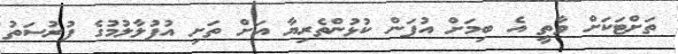
ތަށްޓަކަށް ވާތީ އެ ބިމަށް އުފަން ކުޅުންތެރިޔާ އަށް ތަށި އުފުލާލުމުގެ ފުރުސަތު